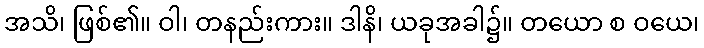
အသိ၊ ဖြစ်၏။ ဝါ၊ တနည်းကား။ ဒါနိ၊ ယခုအခါ၌။ တယော စ ဝယေ၊